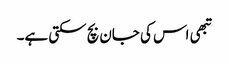
تبھی اس کی جان بچ سکتی ہے۔